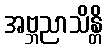
အဗ္ဘညာသိန္တိ